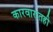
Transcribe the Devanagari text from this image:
कारवारातही